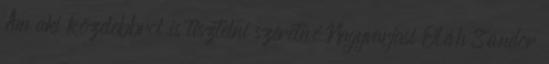
Ám aki közelebbrõl is tisztelni szeretné Nagyvarjasi Oláh Sándor